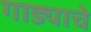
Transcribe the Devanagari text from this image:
गाड्याचे